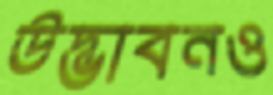
উদ্ভাবনও